Calcutta medical institutions reports 1871-78
Year: 1871
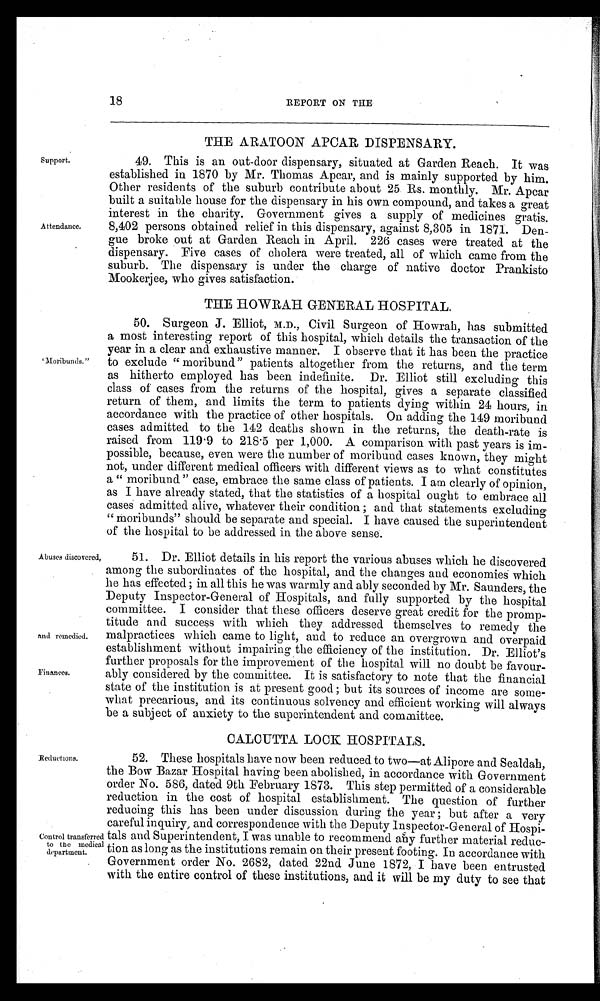
Reductions.
Control transferred
to the medical
department.
18
REPORT ON THE
Support.
Attendance.
'Moribunds."
THE ARATOON APCAR DISPENSARY.
49. This is an out-door dispensary, situated at Garden Reach. It was
established in 1870 by Mr. Thomas Apcar, and is mainly supported by him.
Other residents of the suburb contribute about 25 Rs. monthly. Mr. Apcar
built a suitable house for the dispensary in his own compound, and takes a great
interest in the charity. Government gives a supply of medicines gratis.
8,402 persons obtained relief in this dispensary, against 8,305 in 1871. Den-
gue broke out at Garden Reach in April. 226 cases were treated at the
dispensary. Five cases of cholera were treated, all of which came from the
suburb. The dispensary is under the charge of native doctor Prankisto
Mookerjee, who gives satisfaction.
THE HOWRAH GENERAL HOSPITAL.
50. Surgeon J. Elliot, M.D., Civil Surgeon of Howrah, has submitted
a most interesting report of this hospital, which details the transaction of the
year in a clear and exhaustive manner. I observe that it has been the practice
to exclude "moribund" patients altogether from the returns, and the term
as hitherto employed has been indefinite. Dr. Elliot still excluding this
class of cases from the returns of the hospital, gives a separate classified
return of them, and limits the term to patients dying within 24 hours, in
accordance with the practice of other hospitals. On adding the 149 moribund
cases admitted to the 142 deaths shown in the returns, the death-rate is
raised from 119.9 to 218.5 per 1,000. A comparison with past years is im-
possible, because, even were the number of moribund cases known, they might
not, under different medical officers with different views as to what constitutes
a " moribund" case, embrace the same class of patients. I am clearly of opinion,
as I have already stated, that the statistics of a hospital ought to embrace all
cases admitted alive, whatever their condition; and that statements excluding
"moribunds" should be separate and special. I have caused the superintendent
of the hospital to be addressed in the above sense.
Abuses discovered,
and remedied.
Finances.
51. Dr. Elliot details in his report the various abuses which he discovered
among
the subordinates of the hospital, and the changes and economies which
he has effected; in all this he was warmly and ably seconded by Mr. Saunders, the
Deputy Inspector-General of Hospitals, and fully supported by the hospital
committee. I consider that these officers deserve great credit for the promp-
titude and success with which they addressed themselves to remedy the
malpractices which came to light, and to reduce an overgrown and overpaid
establishment without impairing the efficiency of the institution. Dr. Elliot's
further proposals for the improvement of the hospital will no doubt be favour-
ably considered by the committee. It is satisfactory to note that the financial
state of the institution is at present good; but its sources of income are some-
what precarious, and its continuous solvency and efficient working will always
be a subject of anxiety to the superintendent and committee.
CALCUTTA LOCK HOSPITALS.
52. These hospitals have now been reduced to two—at Alipore and Sealdah,
the Bow Bazar Hospital having been abolished, in accordance with Government
order No. 586, dated 9th February 1873. This step permitted of a considerable
reduction in the cost of hospital establishment. The question of further
reducing this has been under discussion during the year; but after a very
careful inquiry and correspondence with the Deputy Inspector-General of Hospi-
tals and Superintendent, I was unable to recommend any further material reduc-
tion as long as the institutions remain on their present footing. In accordance with
Government order No. 2682, dated 22nd June 1872, I have been entrusted
with the entire control of these institutions, and it will be my duty to see that